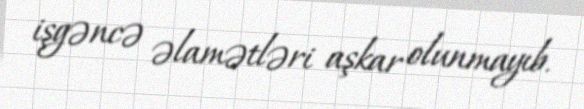
işgəncə əlamətləri aşkar olunmayıb.